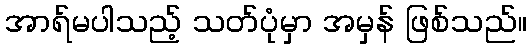
အာရ်မပါသည့် သတ်ပုံမှာ အမှန် ဖြစ်သည်။